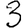
Digit: 3